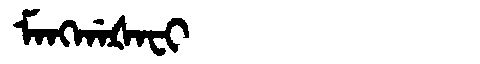
Manchu: ᠮᠠᠩᡤᠠᡧᠠᠸᡳ
Romanization: MANGGAŠAFI